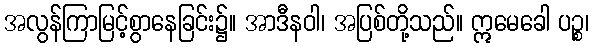
အလွန်ကြာမြင့်စွာနေခြင်း၌။ အာဒီနဝါ၊ အပြစ်တို့သည်။ ဣမေခေါ ပဉ္စ၊